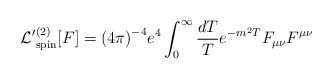
\begin{align*}{\cal L'}^{(2)}_{\rm spin}[F] = {(4\pi)}^{-4}e^4\int_0^{\infty}{dT\over T}e^{-m^2T}F_{\mu\nu}F^{\mu\nu}\end{align*}